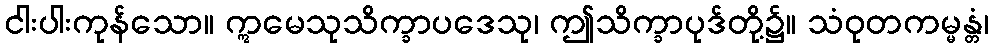
ငါးပါးကုန်သော။ ဣမေသုသိက္ခာပဒေသု၊ ဤသိက္ခာပုဒ်တို့၌။ သံဝုတကမ္မန္တံ၊